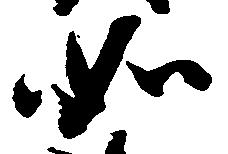
如